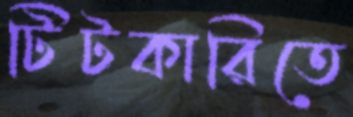
টিটকারিতে